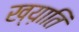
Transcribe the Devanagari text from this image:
ख्य़ाति